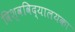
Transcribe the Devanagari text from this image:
विश्वविद्यालयका